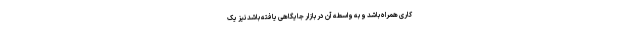
کاری همراه باشد و به واسطه آن در بازار جایگاهی یافته باشد نیز یک